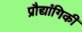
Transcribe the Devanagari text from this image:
प्रौद्यांगिकी